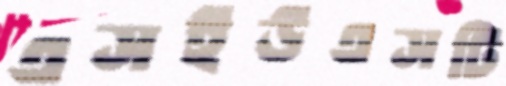
এসইউএসটি